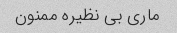
ماری بی نظیره ممنون